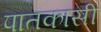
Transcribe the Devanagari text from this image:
पातकासी